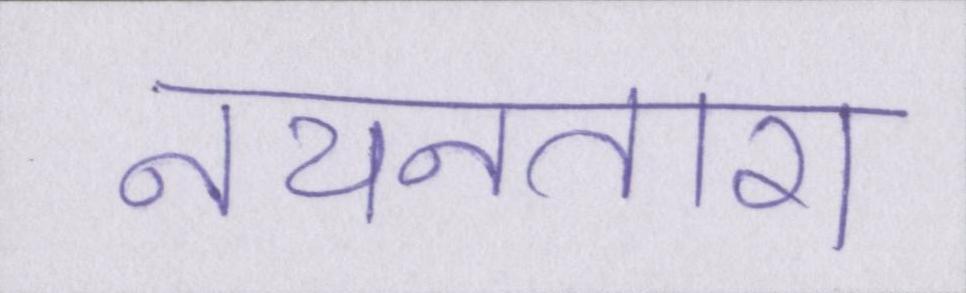
नयनतारा